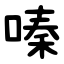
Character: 嗪